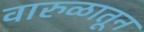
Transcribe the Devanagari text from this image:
वारुळातून